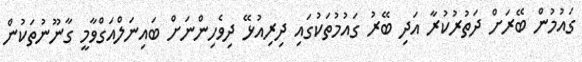
ގައުމުން ބޭރަށް ދަތުރުކުރާ އަދި ބޭރު ގައުމުތަކުގައި ދިރިއުޅޭ ދިވެހިންނަށް ބައިނަލްއަގްވާމީ ގާނޫނުތަކުން